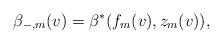
LaTeX: \begin{align*} \beta_{-,m}(v)=\beta^\ast(f_m(v),z_m(v)),\end{align*}